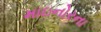
માઇનોરના